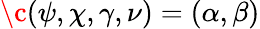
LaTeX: \c(\psi,\chi,\gamma,\nu)=(\alpha,\beta)